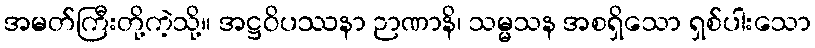
အမတ်ကြီးတို့ကဲ့သို့။ အဋ္ဌဝိပဿနာ ဉာဏာနိ၊ သမ္မသန အစရှိသော ရှစ်ပါးသော